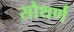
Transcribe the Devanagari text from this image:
सौथर्ण